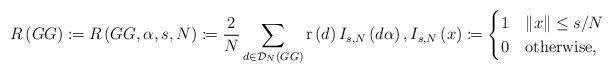
LaTeX: \begin{align*}R\left(GG\right)\coloneqq R\left(GG,\alpha,s,N\right) \coloneqq\frac{2}{N}\sum_{d\in \mathcal{D}_{N}\left(GG \right)}\mathrm{r}\left(d\right)I_{s,N}\left(d\alpha\right), I_{s,N}\left(x\right) \coloneqq\begin{cases}1 & \left\Vert x\right\Vert \leq s/N\\0 & \mathrm{otherwise,}\end{cases}\end{align*}